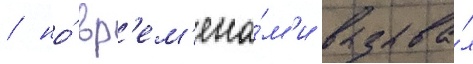
/ но́ вр'ем'ена́м'и вызыва́л